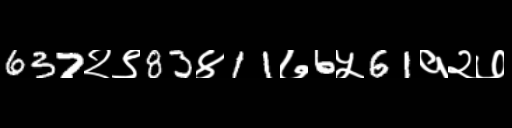
Text: 637२९83४11७6५61१२७